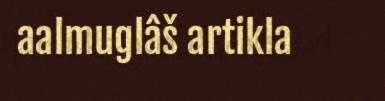
aalmuglâš artikla